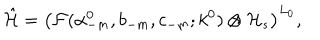
\hat { \cal H } = \left( { \cal F } ( \alpha _ { - m } ^ { 0 } , b _ { - m } , c _ { - m } ; k ^ { 0 } ) \otimes { \cal H } _ { s } \right) ^ { L _ { 0 } } ,